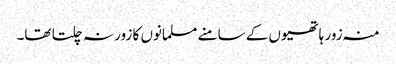
منہ زور ہاتھیوں کے سامنے مسلمانوں کا زور نہ چلتا تھا۔